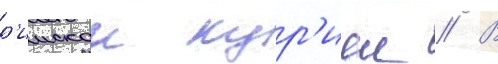
р'имскои кур'иеи // В